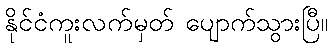
နိုင်ငံကူးလက်မှတ် ပျောက်သွားပြီ။